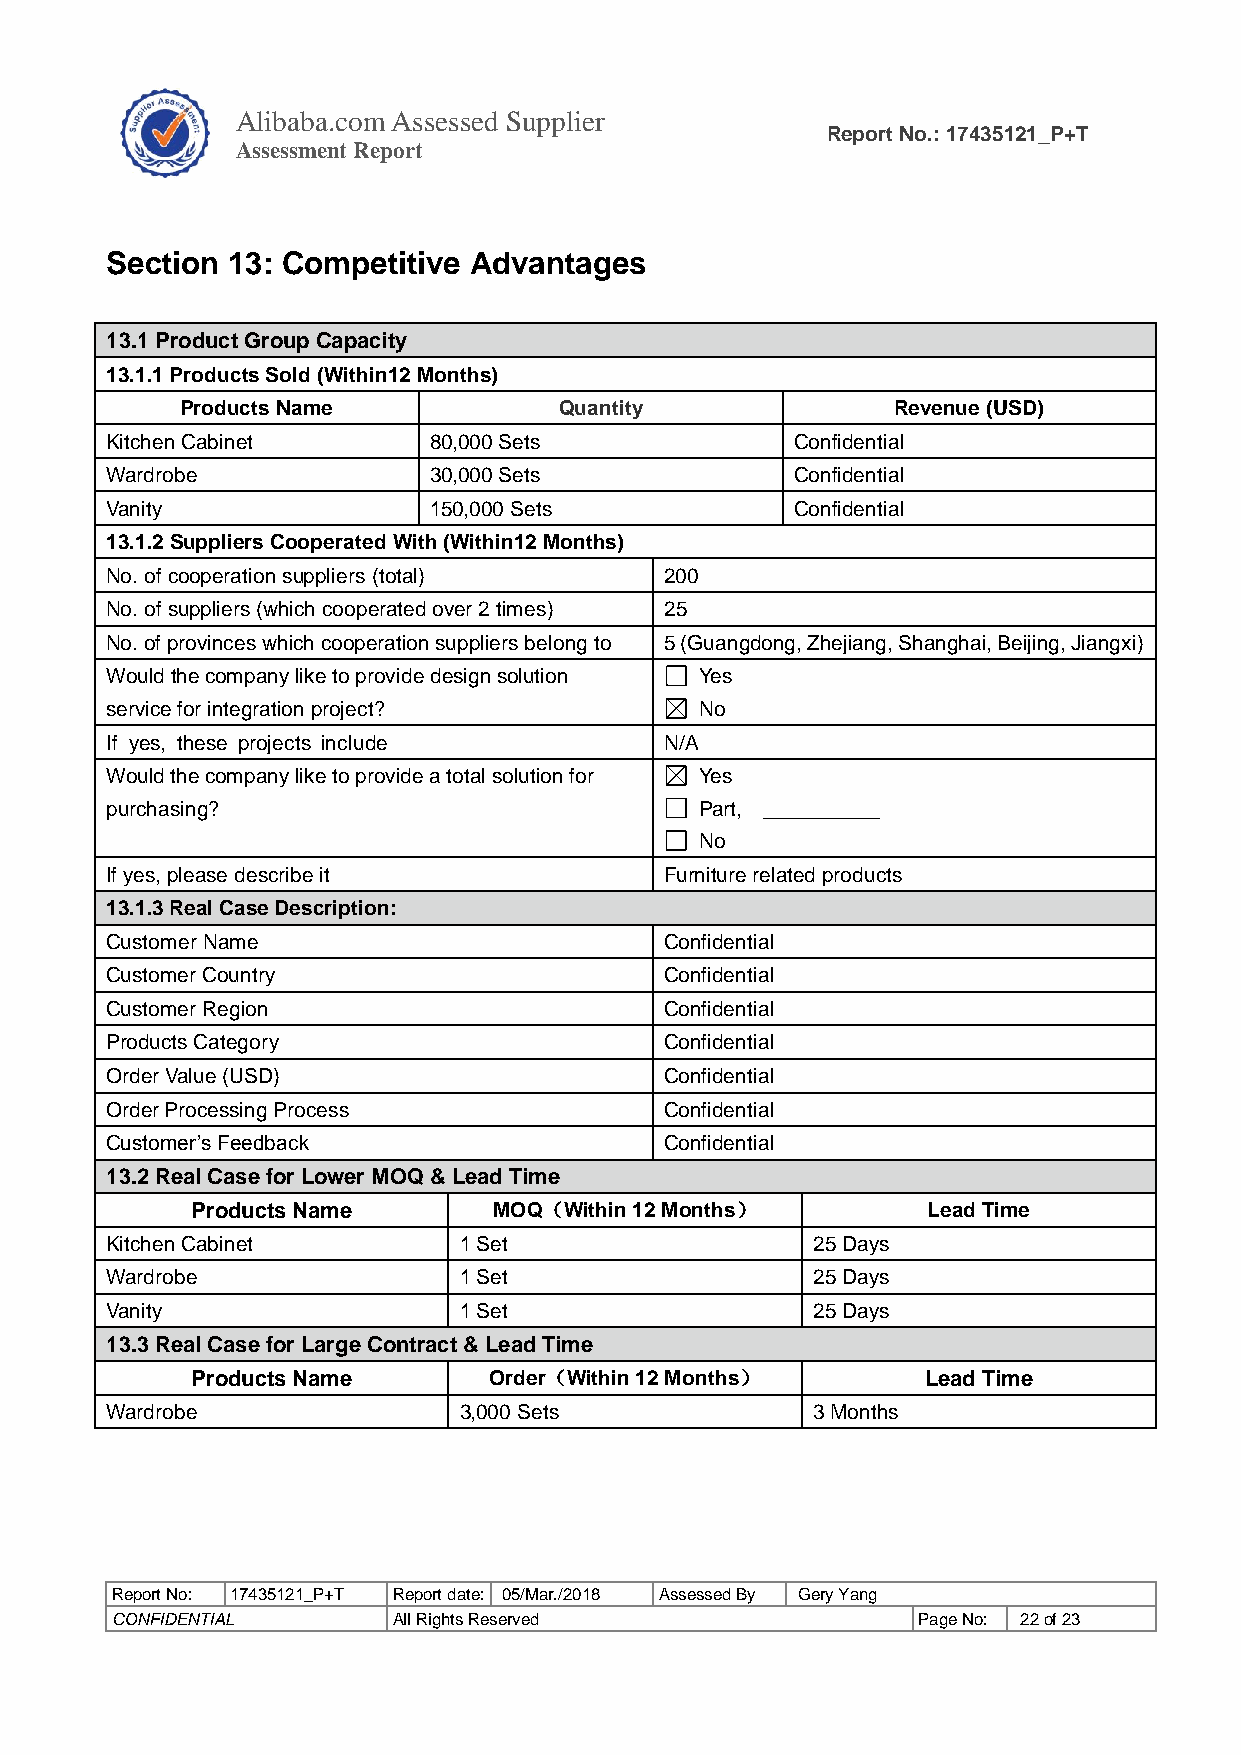
Alibaba.com Assessed Supplier
 Report No.: 17435121_P+T
 As sessment Report
 Section 13: Competitive Advantages
 13.1 Product Group Capacity
 13.1.1 Products Sold (Within12 Months)
 Products Name            Quantity              Revenue (USD)
 Kitchen Cabinet      80,000 Sets              Confidential
 Wardrobe             30,000 Sets              Confidential
 Vanity               150,000 Sets             Confidential
 13.1.2 Suppliers Cooperated With (Within12 Months)
 No. of cooperation suppliers (total) 200
 No. of suppliers (which cooperated over 2 times) 25
 No. of provinces which cooperation suppliers belong to 5 (Guangdong, Zhejiang, Shanghai, Beijing, Jiangxi)
 Would the company like to provide design solution Yes
 service for integration project?       No
 If yes, these projects include       N/A
 Would the company like to provide a total solution for Yes
 purchasing?                            Part, __________
 No
 If yes, please describe it           Furniture related products
 13.1.3 Real Case Description:
 Customer Name                        Confidential
 Customer Country                     Confidential
 Customer Region                      Confidential
 Products Category                    Confidential
 Order Value (USD)                    Confidential
 Order Processing Process             Confidential
 Customer’s Feedback                  Confidential
 13.2 Real Case for Lower MOQ & Lead Time
 Products Name       MOQ（Within 12 Months）       Lead Time
 Kitchen Cabinet        1 Set                   25 Days
 Wardrobe               1 Set                   25 Days
 Vanity                 1 Set                   25 Days
 13.3 Real Case for Large Contract & Lead Time
 Products Name      Order（Within 12 Months）      Lead Time
 Wardrobe               3,000 Sets              3 Months
 Report No: 17435121_P+T Report date: 05/Mar./2018 Assessed By Gery Yang
 CONFIDENTIAL       All Rights Reserved                Page No: 22 of 23